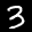
Label: 3